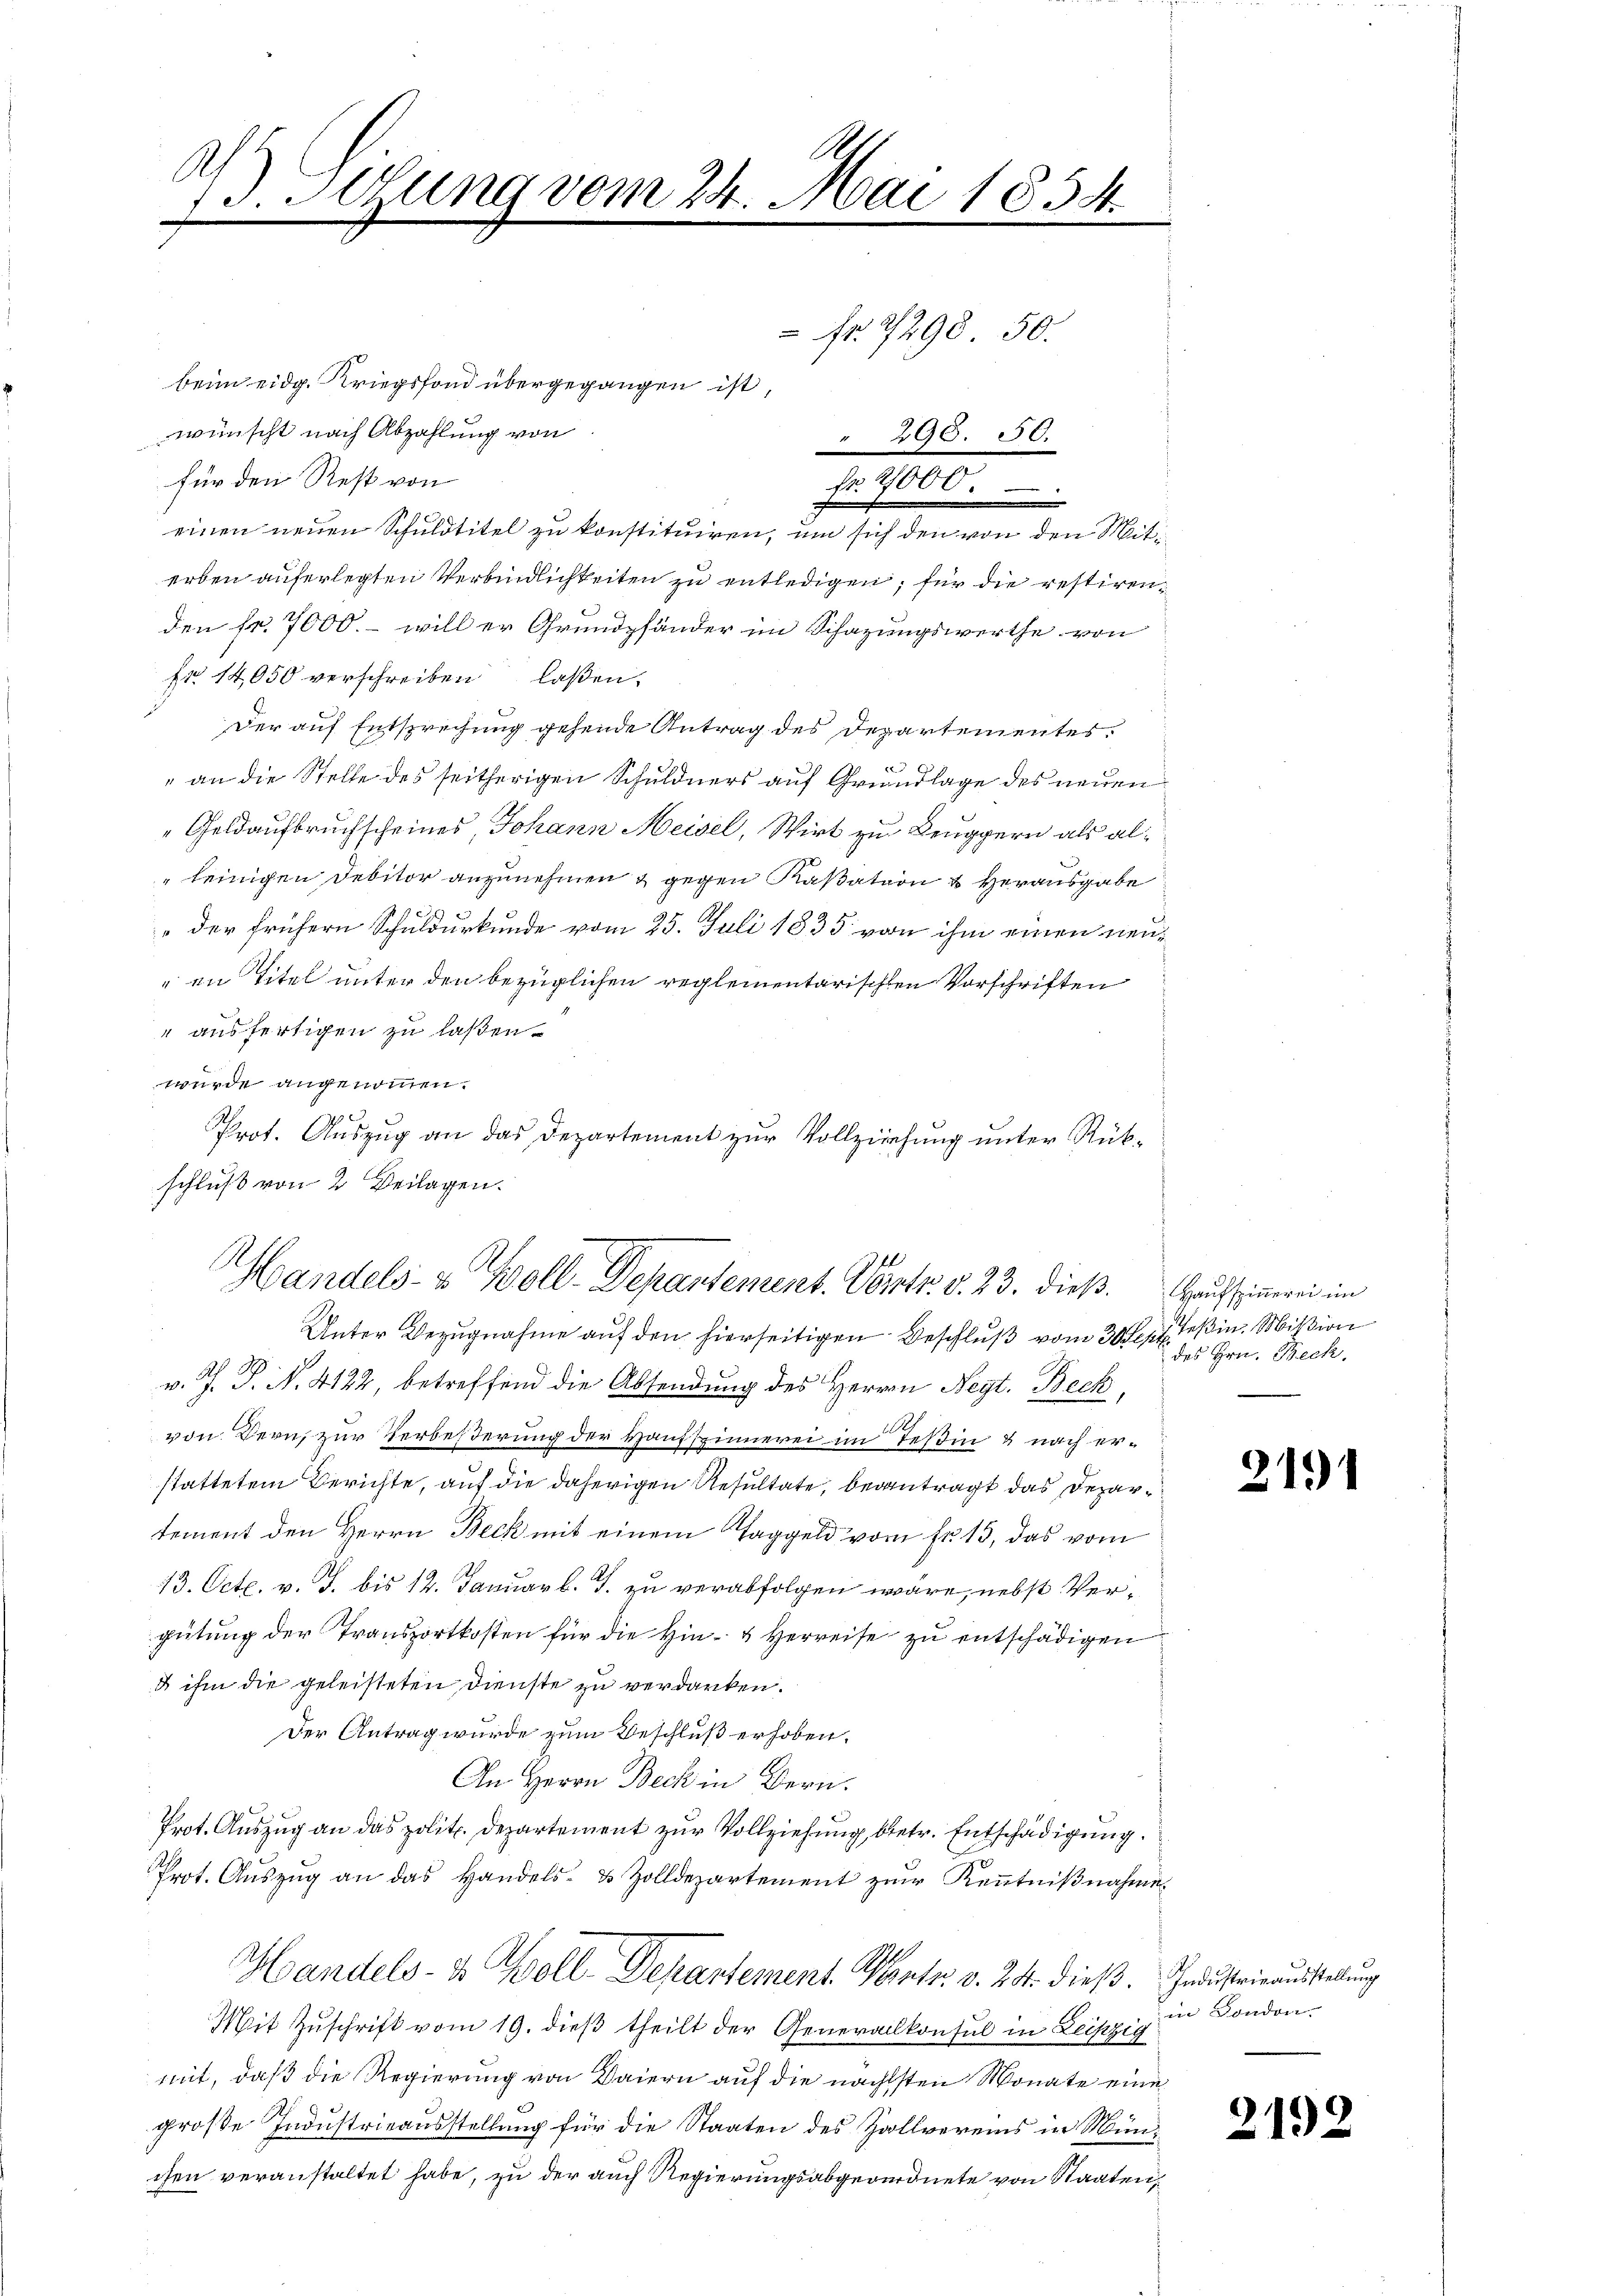
13. Lesung vom 24. Mai 1854.
A
d

beim eidg. Kriegsfond übergegangen ist,
wünscht nach Abzahlung von
für den Rest von
t
einen neuen Schuldtitel zu konstituiren, um sich den von den Miterben auferlegten Verbindlichkeiten zu entledigen; für die restirenden fr. 7000.- will er Grundpfänder im Schazungswerthe von
fr. 14,050 verschreiben laßen.
Der auf Entsprechung gehende Antrag des Departementes.
" an die Stelle des seitherigen Schuldners auf Grundlage des neuen
Geldaufbruchscheines, Johann Meisel, Wirt zu Beuggern als al¬
" seinigen Debitor anzunehmen & gegen Kaßation & Herausgabe
" der frühern Schuldurkunde vom 25. Juli 1835 von ihm einen neuen Titel unter den bezüglichen reglementarischen Vorschriften
" ausfertigen zu laßen.
wurde angenommen.
Unter Bezugnahme auf den hierseitigen Beschluß vom 30 Sept. Teßin. Mißion
v. J. J. N. 4122, betreffend die Absendung des Herren Negt. Beck,
von Bern, zur Verbeßerung der Hausspinnerei im Teßin & nach erstattetem Berichte, auf die daherigen Resultate, beantragt das Departement den Herrn Beck mit einem Taggeld vom fr. 15, das vom
13. Octb. v. J. bis 12. Januar l. J. zu verabfolgen wäre, nebst Vergütung der Transportkosten für die Hin- & Herreise zu entschädigen
u ihm die geleisteten Dienste zu verdanken.
Der Antrag wurde zum Beschluß erhoben.
An Herrn Beck in Bern.
Prot. Auszug an das polit. Departement zur Vollziehung, betr. Entschädigung.
Prot. Auszug an das Handels- & Zolldepartement zur Kenntnißnahme
Handels- & Woll-Depantement. Mertr. v. 24. dieß. Industrieausstellung
Mit Zuschrift vom 19. dieß theilt der Generalkonsul in Leipzig
mit, daß die Regierung von Baiern auf die nächsten Monate eine
große Industrieausstellung für die Staaten des Zollvereins in München veranstaltet habe, zu der auch Regierungsabgeordnete von Staaten

Nr. 7298. 50.
296. 50.

schluß von 2 Beilagen.
Handels- & Woll-Departement. Vertr. d. 23. dieß auch einerei im

Prot. Auszug an das Departement zur Vollziehung unter Rük¬

Fr. 2000.

des Hrn. Beck,

2191

in London

2192